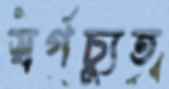
স্বর্গচ্যুত